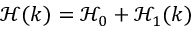
\mathcal { H } ( k ) = \mathcal { H } _ { 0 } + \mathcal { H } _ { 1 } ( k )